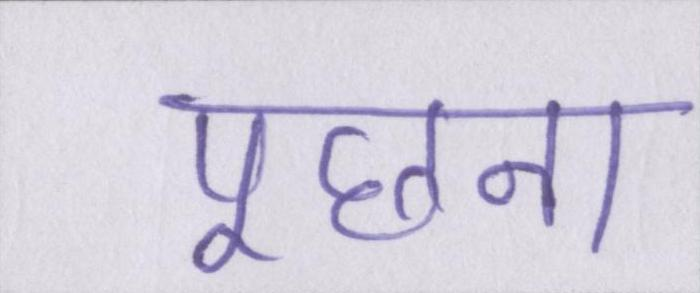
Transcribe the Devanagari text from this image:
पूछना